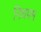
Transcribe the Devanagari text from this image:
निधपम